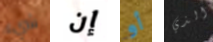
شيء إن أو الذي